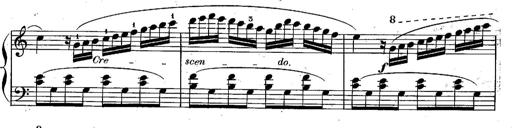
Title: Piano Sonatine
Composer: Jacques-Louis Battmann